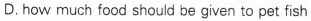
D.how much food should be given to pet fish